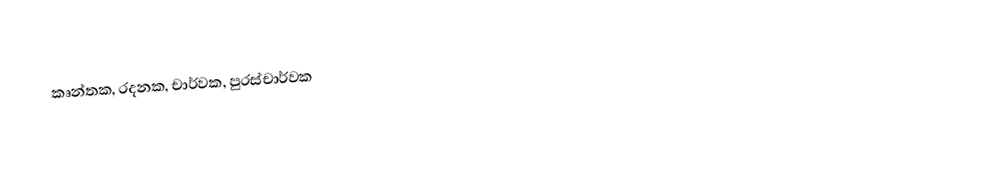
කෘන්තක, රදනක, චාර්වක, පුරස්චාර්වක